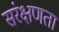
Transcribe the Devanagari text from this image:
संरक्षणता